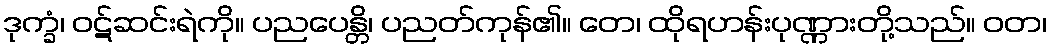
ဒုက္ခံ၊ ဝဋ်ဆင်းရဲကို။ ပညပေန္တိ၊ ပညတ်ကုန်၏။ တေ၊ ထိုရဟန်းပုဏ္ဏားတို့သည်။ ဝတ၊